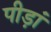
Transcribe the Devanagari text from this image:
पीड़ां